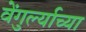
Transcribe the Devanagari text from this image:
वेंगुर्ल्याच्या